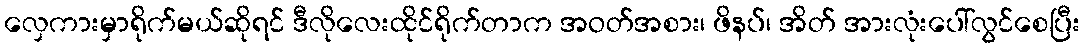
လှေကားမှာရိုက်မယ်ဆိုရင် ဒီလိုလေးထိုင်ရိုက်တာက အဝတ်အစား၊ ဖိနပ်၊ အိတ် အားလုံးပေါ်လွင်စေပြီး